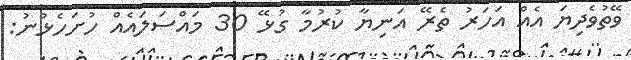
ވޭތުވެދިޔަ އެއް އަހަރު ތެރޭ އަނިޔާ ކުރުމާ ގުޅޭ 30 މައްސަލައެއް ހުށަހެޅުނު: